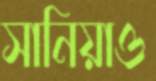
সানিয়াও